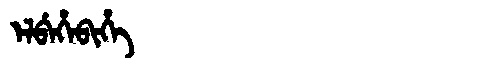
Manchu: ᡝᠯᠪᡝᡥᡝᠪᡳᡥᡝ
Romanization: ELBEHEBIHE